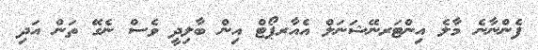
ފެންނާނެ މާލެ އިންޓަރނޭޝަނަލް އެއާރޕޯޓް އިން ބާލިދީ ވެސް ނެގޭ ތަން އަދި